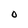
Character: O